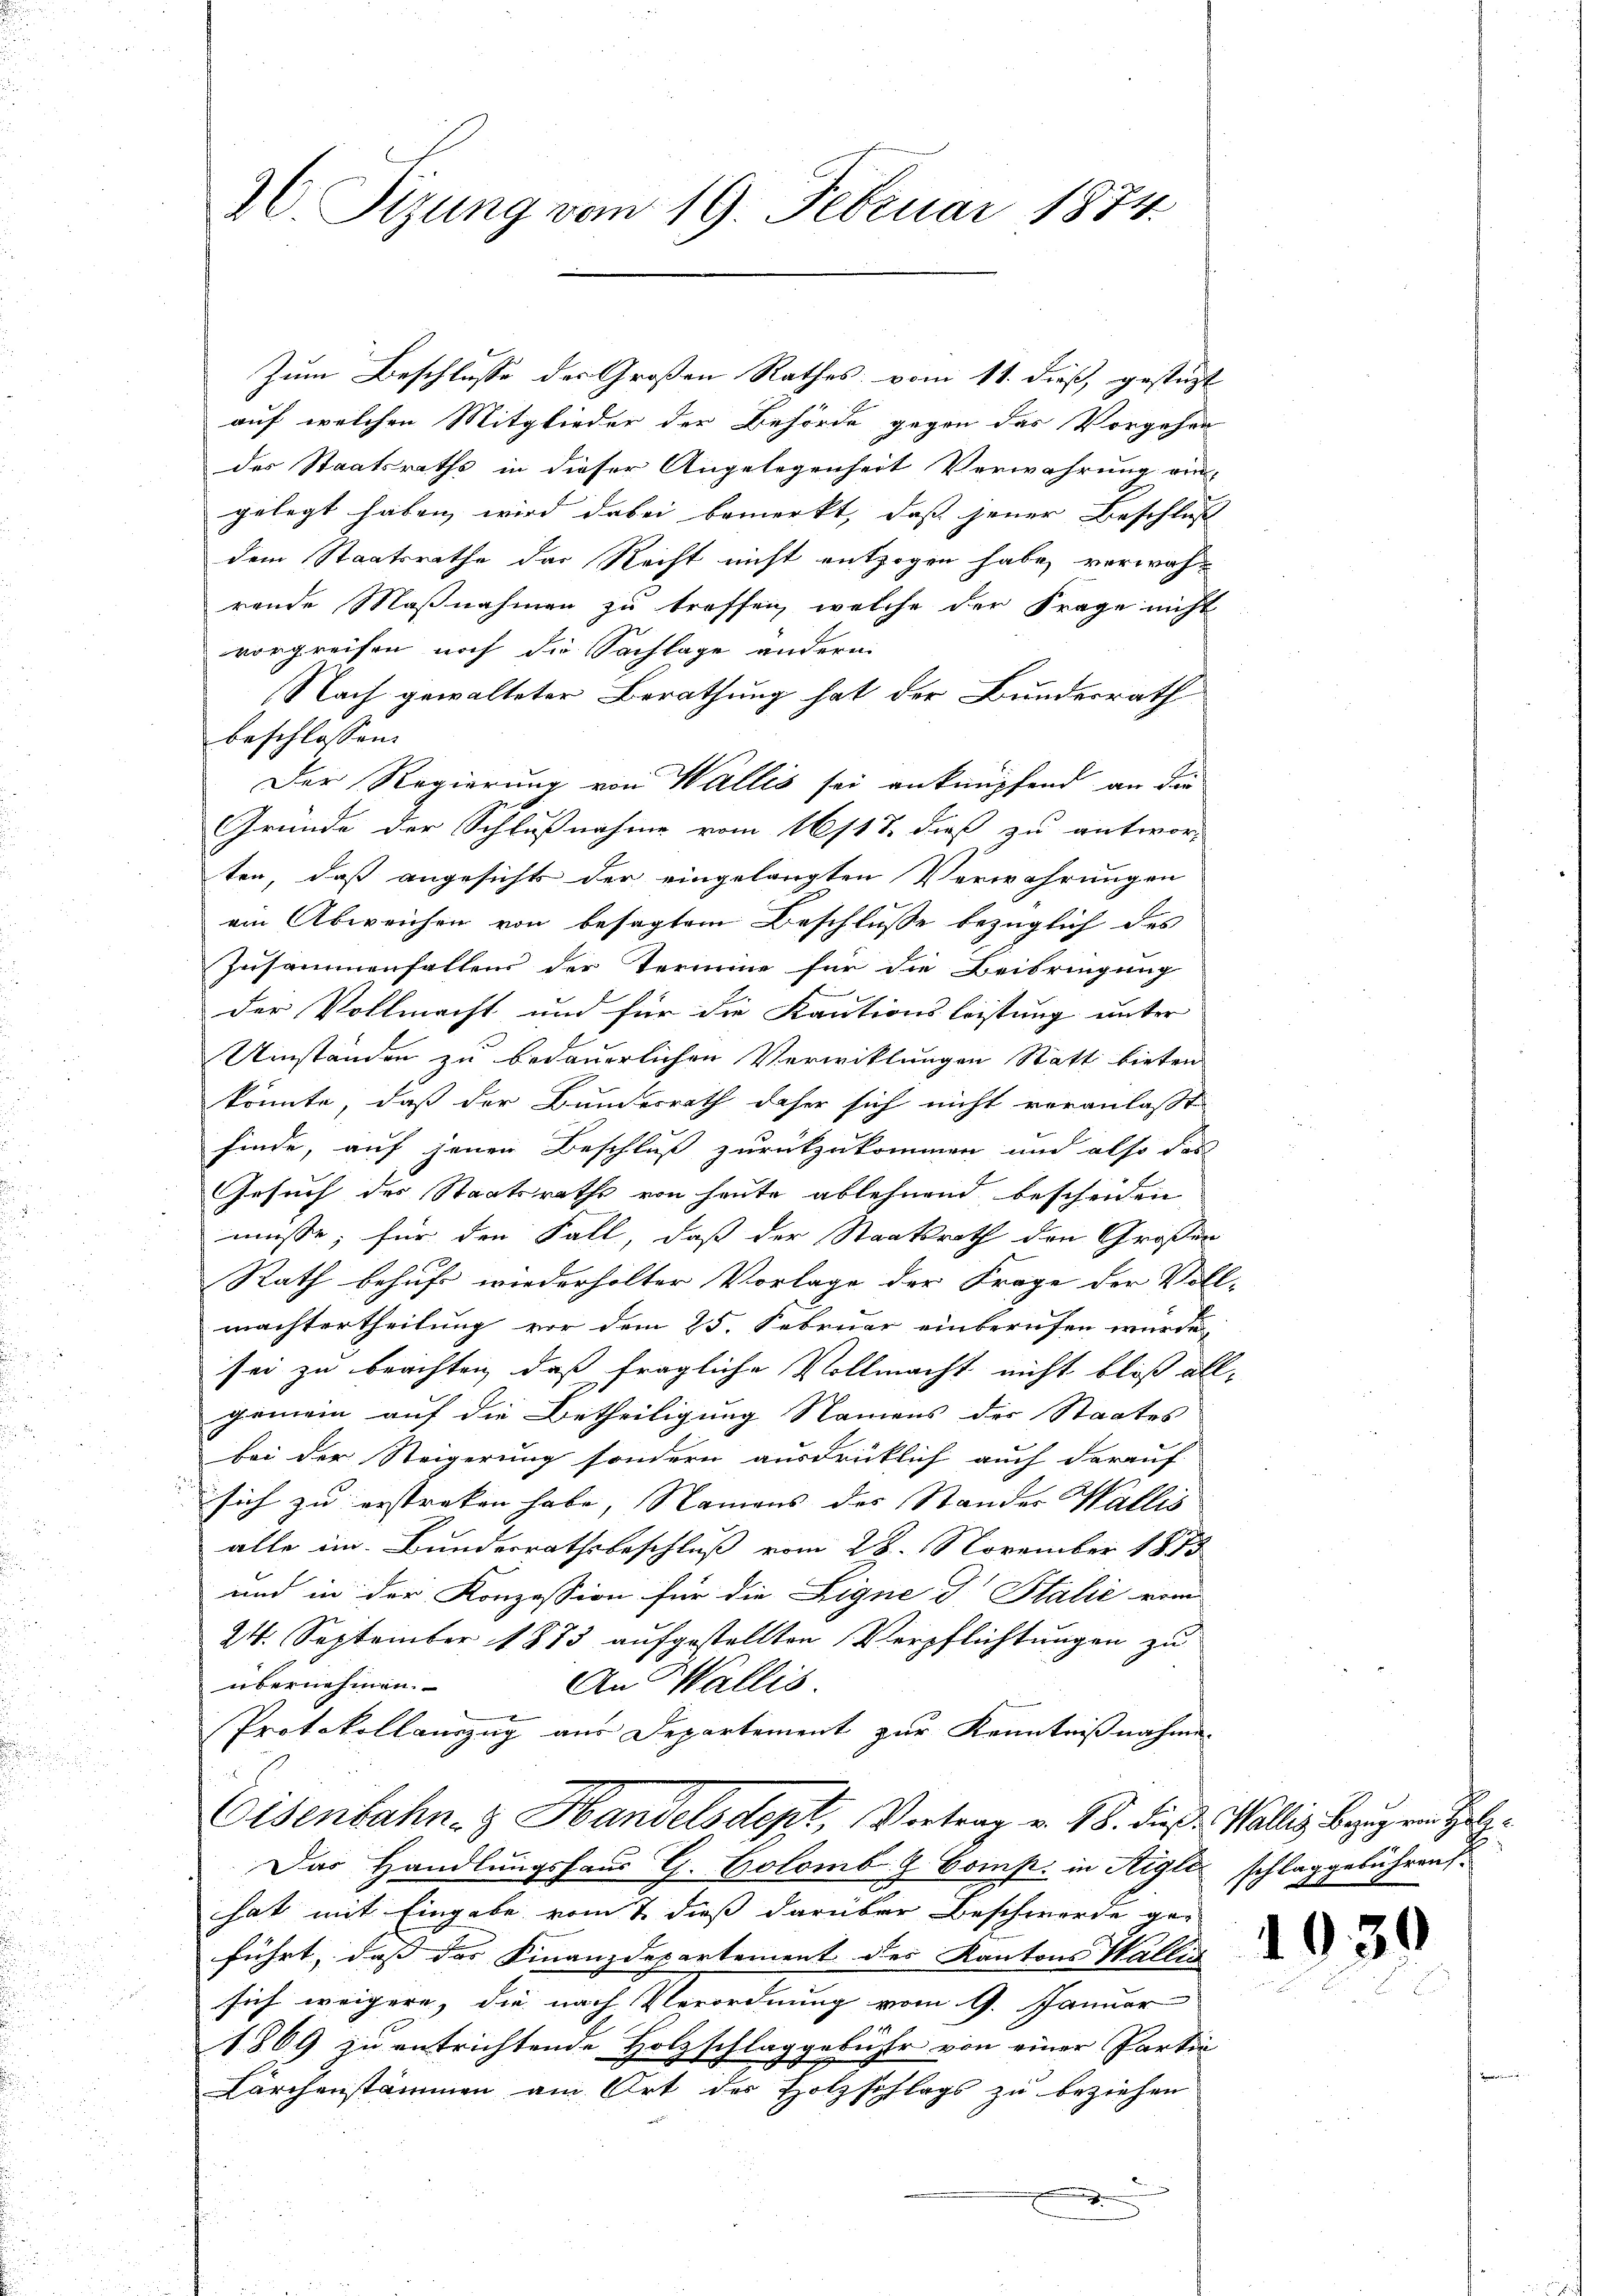
36. Sizung vom 19. Februar 1874.

Zum Beschlusse des Großen Rathes vom 11. dieß, gestüzt
auf welchen Mitglieder der Behörde gegen das Vorgehen
des Staatsraths in dieser Angelegenheit Verwahrung ein-
gelegt haben wird dabei bemerkt, daß jener Beschluß
dem Staatsrathe der Recht nicht entzogen habe, verwahrende Maßnahmen zu treffen, welche der Frage nicht
vorgreifen noch die Sachlage andern.
Nach gewalteter Berathung hat der Bundesrath
beschlossen:
Der Regierung von Wallis sei anknüpfend an die
Gründe der Schlußnahme vom 16/12. dieß zu antwor-
ten, daß angesicht der eingelangten Verwahrungen
ein Abweichen von besagtem Beschlusse bezüglich des
Zusammenfallens der Termine für die Beibringung
der Vollmacht und für die Kautionsleistung unter
Umständen zu bedauerlichen Verwicklungen Statt bieten
könnte, daß der Bundesrath daher sich nicht veranlaßt
finde, auf jenen Beschluß zurückzukommen und also das
Gesuch des Staatsraths von heute ablehnend bescheiden
müsse, für den Fall, daß der Staatsrath den Großen
Rath behufs wiederholter Vorlage der Frage der Voll-
machtertheilung vor dem 25. Februar einberufen würde,
sei zu beachten, daß fragliche Vollmacht nicht bloß allgemein auf die Betheiligung Namens des Staates
bei der Steigerung sondern ausdrücklich auch darauf
sich zu erstreken habe, Namens des Stander Wallis
alle im Bundesrathsbeschluß vom 28. November 1853
und in der Konzession für die Eigne d. Stalić vom
24. September 1883 aufgestellten Verpflichtungen zu
übernehmen.
An Wallis.
Protokollauszug aus Departement zur Kenntnißnahme.
Eisenbahn- & Handelsdept, Vortrag v. 18. die Wallis Bezugen He
Das Handlungshaus G. Colomb & Comp. in Aigle schlaggebühren.
hat mit Eingabe vom 7. dieß darüber Beschwerde ge-
führt, dass des Finanzdepartement des Kantons Wallis
sich weigere, die nach Verordnung vom 9. Januar
1869 zu entrichtende Holzschlaggebühr von einer Partin
Kärchenstämmen am Ort der Holzschlags zu beziehen
.

19.